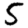
Digit: 5